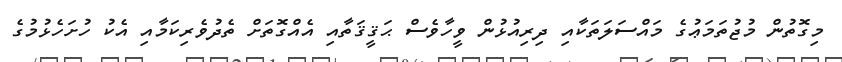
މިގޮތުން މުޖުތަމަޢުގެ މައްސަލަތަކާއި ދިރިއުޅުން ވީހާވެސް ޙަޤީޤަތާއި އެއްގޮތަށް ތެދުވެރިކަމާއި އެކު ހުށަހެޅުމުގެ